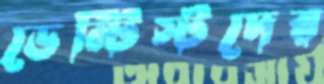
ডেন্টিস্টদের